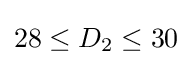
28\leq D_{2}\leq 30